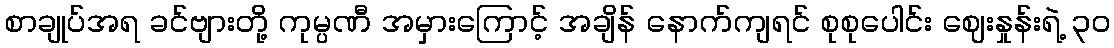
စာချုပ်အရ ခင်ဗျားတို့ ကုမ္ပဏီ အမှားကြောင့် အချိန် နောက်ကျရင် စုစုပေါင်း ဈေးနှုန်းရဲ့ ၃၀